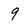
Character: 9